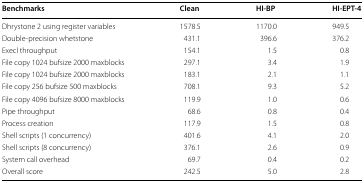
<table><thead><tr><td><b>Benchmarks</b></td><td><b>Clean</b></td><td><b>HI-BP</b></td><td><b>HI-EPT-4</b></td></tr></thead><tbody><tr><td>Dhrystone 2 using register variables</td><td>1578.5</td><td>1170.0</td><td>949.5</td></tr><tr><td>Double-precision whetstone</td><td>431.1</td><td>396.6</td><td>376.2</td></tr><tr><td>Execl throughput</td><td>154.1</td><td>1.5</td><td>0.8</td></tr><tr><td>File copy 1024 bufsize 2000 maxblocks</td><td>297.1</td><td>3.4</td><td>1.9</td></tr><tr><td>File copy 1024 bufsize 2000 maxblocks</td><td>183.1</td><td>2.1</td><td>1.1</td></tr><tr><td>File copy 256 bufsize 500 maxblocks</td><td>708.1</td><td>9.3</td><td>5.2</td></tr><tr><td>File copy 4096 bufsize 8000 maxblocks</td><td>119.9</td><td>1.0</td><td>0.6</td></tr><tr><td>Pipe throughput</td><td>68.6</td><td>0.8</td><td>0.4</td></tr><tr><td>Process creation</td><td>117.9</td><td>1.5</td><td>0.8</td></tr><tr><td>Shell scripts (1 concurrency)</td><td>401.6</td><td>4.1</td><td>2.0</td></tr><tr><td>Shell scripts (8 concurrency)</td><td>376.1</td><td>2.6</td><td>0.9</td></tr><tr><td>System call overhead</td><td>69.7</td><td>0.4</td><td>0.2</td></tr><tr><td>Overall score</td><td>242.5</td><td>5.0</td><td>2.8</td></tr></tbody></table>